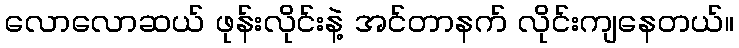
လောလောဆယ် ဖုန်းလိုင်းနဲ့ အင်တာနက် လိုင်းကျနေတယ်။